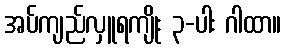
အပ်ကျည်လှူရကျိုး ၃-ပါး ဂါထာ။